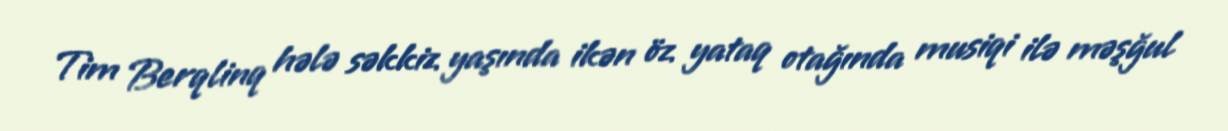
Tim Berqlinq hələ səkkiz yaşında ikən öz yataq otağında musiqi ilə məşğul